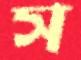
স